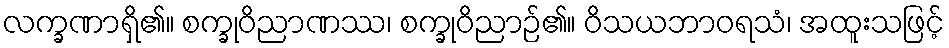
လက္ခဏာရှိ၏။ စက္ခုဝိညာဏဿ၊ စက္ခုဝိညာဉ်၏။ ဝိသယဘာဝရသံ၊ အထူးသဖြင့်